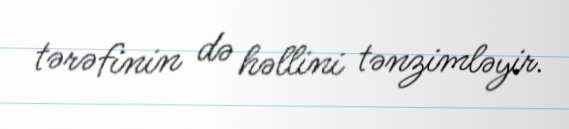
tərəfinin də həllini tənzimləyir.